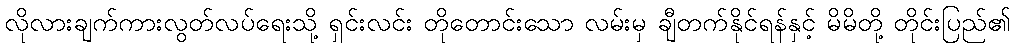
လိုလားချက်ကားလွတ်လပ်ရေးသို့ ရှင်းလင်း တိုတောင်းသော လမ်းမှ ချီတက်နိုင်ရန်နှင့် မိမိတို့ တိုင်းပြည်၏